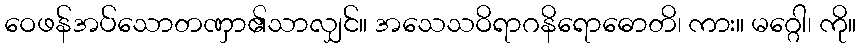
ဝေဖန်အပ်သောတဏှာ၏သာလျှင်။ အသေသဝိရာဂနိရောဓောတိ၊ ကား။ မဂ္ဂေါ၊ ကို။